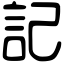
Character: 記